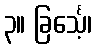
၃။ ခြင်္သေ့၊